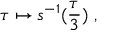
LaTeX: \tau \mapsto s ^ { - 1 } ( \frac { \tau } { 3 } ) \ ,